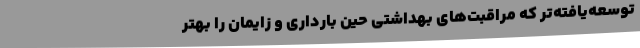
توسعه‌یافته‌تر که مراقبت‌های بهداشتی حین بارداری و زایمان را بهتر